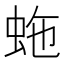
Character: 𧉮